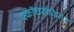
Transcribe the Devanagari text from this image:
स्कॉर्चर्सविरुद्ध